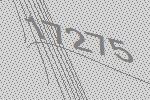
17275